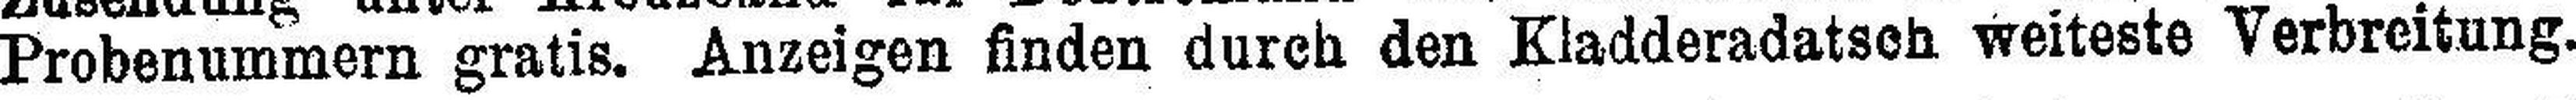
Probenummern gratis. Anzeigen finden durch den Kladderadatsch weiteste Verbreitung.